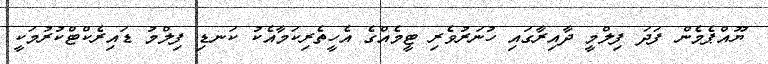
ޔޫއްޕެމެން ފަދަ ފިލްމީ ދާއިރާގައި ހުނަރުވެރި ޓީމެއްގެ އެހީތެރިކަމާއެކު ކަނޑި ފިލްމު ޑައިރެކްޓްކުރުމަކީ